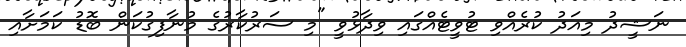
ނަޝީދު މިއަދު ކުރެއްވި ޓުވީޓެއްގައި ވިދާޅުވީ "މި ސަރުކާރުގެ މުނާފިގުކަން ބޮޑު ކަމަށާއި